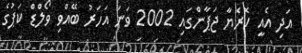
އަދި އެއީ ކޮރެޔާ ޖަޕާންގައި 2002 ވަނަ އަހަރު ބޭއްވި ވޯލްޑް ކަޕުގެ